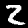
Digit: 2